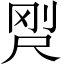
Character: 𡱸